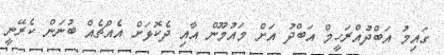
ގައިމު އަބްދުއްރަހީމް އަބްދު އަށް މައުމޫން އާއި ދެކޮޅަށް އެއްޗެއް ބުނަން ކެރޭނީ